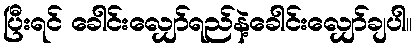
ပြီးရင် ခေါင်းလျှော်ရည်နဲ့ခေါင်းလျှော်ချပါ။